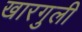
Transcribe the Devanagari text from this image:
खारगुली